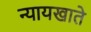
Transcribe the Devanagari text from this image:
न्यायखाते